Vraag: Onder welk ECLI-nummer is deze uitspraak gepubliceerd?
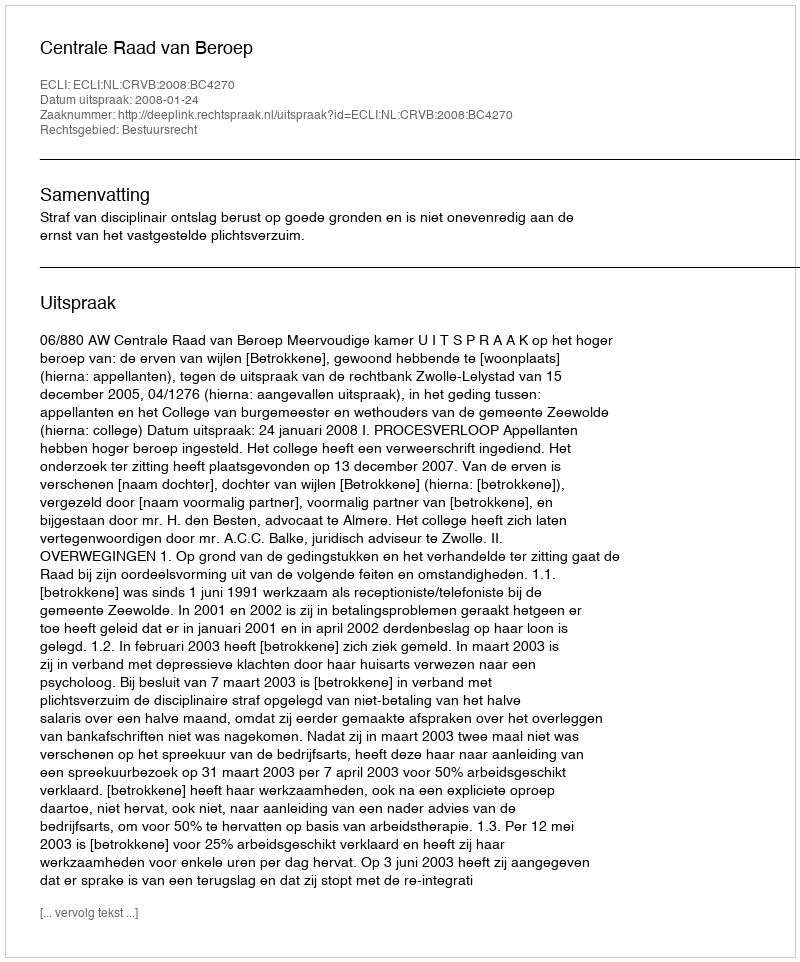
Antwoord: ECLI:NL:CRVB:2008:BC4270